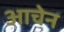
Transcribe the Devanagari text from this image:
आचेन